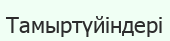
Тамыртүйіндері